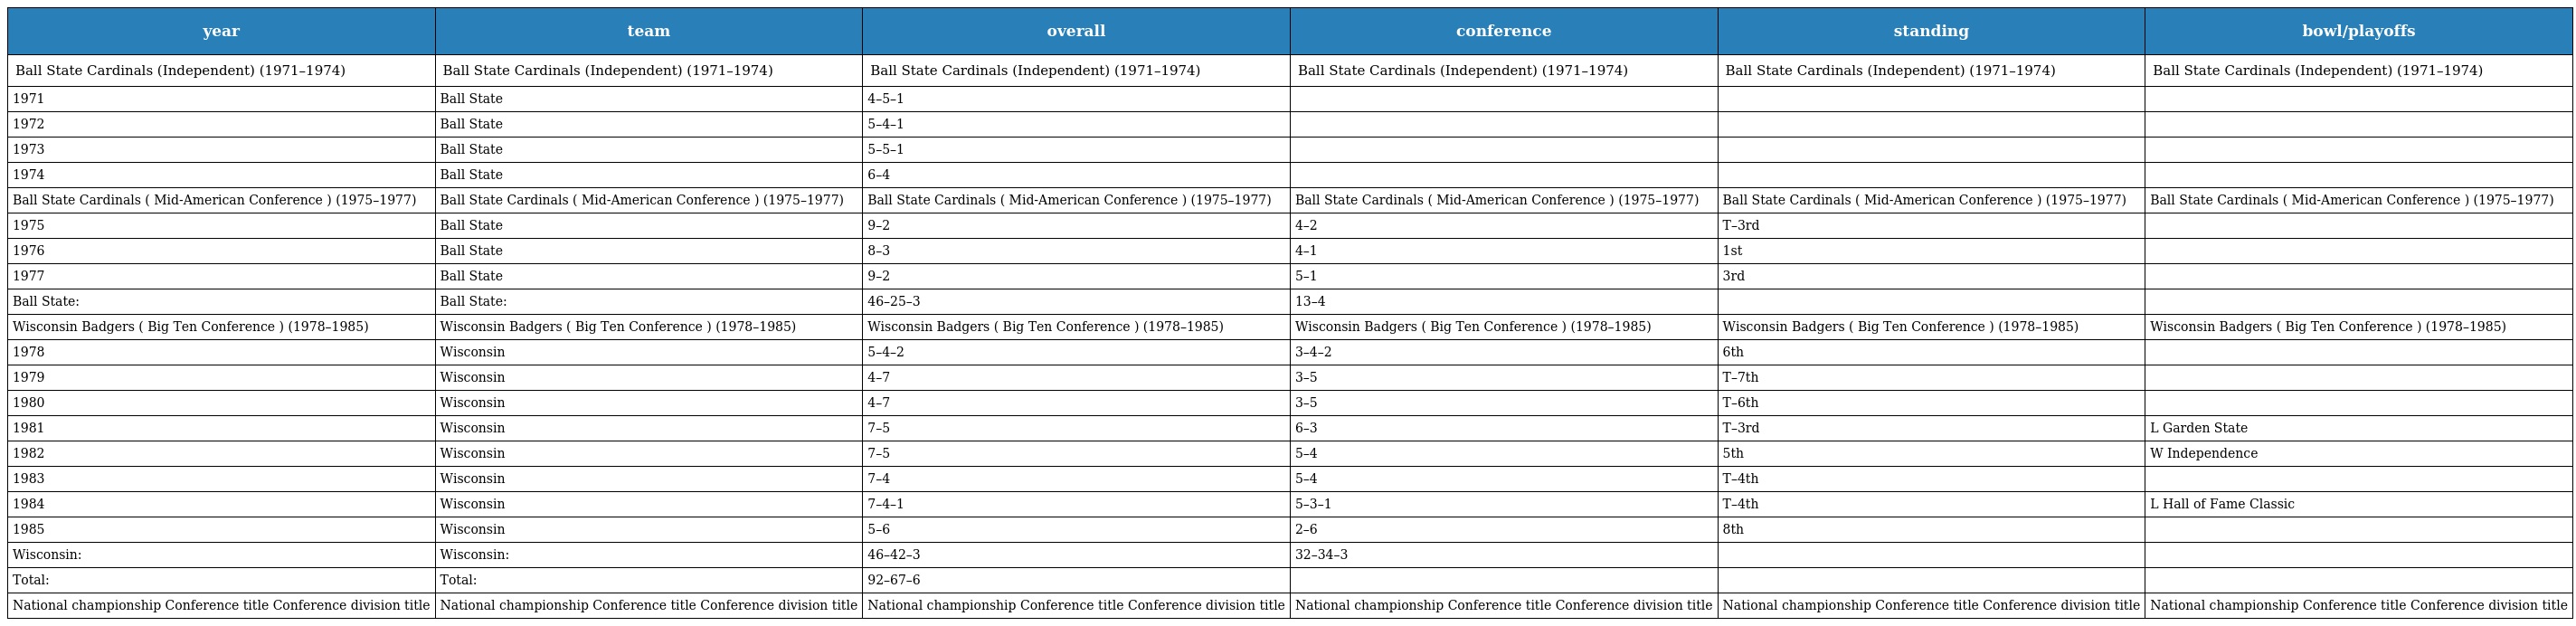
| year | team | overall | conference | standing | bowl/playoffs |
 | --- | --- | --- | --- | --- | --- |
 | Ball State Cardinals (Independent) (1971–1974) | Ball State Cardinals (Independent) (1971–1974) | Ball State Cardinals (Independent) (1971–1974) | Ball State Cardinals (Independent) (1971–1974) | Ball State Cardinals (Independent) (1971–1974) | Ball State Cardinals (Independent) (1971–1974) |
 | 1971 | Ball State | 4–5–1 |  |  |  |
 | 1972 | Ball State | 5–4–1 |  |  |  |
 | 1973 | Ball State | 5–5–1 |  |  |  |
 | 1974 | Ball State | 6–4 |  |  |  |
 | Ball State Cardinals ( Mid-American Conference ) (1975–1977) | Ball State Cardinals ( Mid-American Conference ) (1975–1977) | Ball State Cardinals ( Mid-American Conference ) (1975–1977) | Ball State Cardinals ( Mid-American Conference ) (1975–1977) | Ball State Cardinals ( Mid-American Conference ) (1975–1977) | Ball State Cardinals ( Mid-American Conference ) (1975–1977) |
 | 1975 | Ball State | 9–2 | 4–2 | T–3rd |  |
 | 1976 | Ball State | 8–3 | 4–1 | 1st |  |
 | 1977 | Ball State | 9–2 | 5–1 | 3rd |  |
 | Ball State: | Ball State: | 46–25–3 | 13–4 |  |  |
 | Wisconsin Badgers ( Big Ten Conference ) (1978–1985) | Wisconsin Badgers ( Big Ten Conference ) (1978–1985) | Wisconsin Badgers ( Big Ten Conference ) (1978–1985) | Wisconsin Badgers ( Big Ten Conference ) (1978–1985) | Wisconsin Badgers ( Big Ten Conference ) (1978–1985) | Wisconsin Badgers ( Big Ten Conference ) (1978–1985) |
 | 1978 | Wisconsin | 5–4–2 | 3–4–2 | 6th |  |
 | 1979 | Wisconsin | 4–7 | 3–5 | T–7th |  |
 | 1980 | Wisconsin | 4–7 | 3–5 | T–6th |  |
 | 1981 | Wisconsin | 7–5 | 6–3 | T–3rd | L Garden State |
 | 1982 | Wisconsin | 7–5 | 5–4 | 5th | W Independence |
 | 1983 | Wisconsin | 7–4 | 5–4 | T–4th |  |
 | 1984 | Wisconsin | 7–4–1 | 5–3–1 | T–4th | L Hall of Fame Classic |
 | 1985 | Wisconsin | 5–6 | 2–6 | 8th |  |
 | Wisconsin: | Wisconsin: | 46–42–3 | 32–34–3 |  |  |
 | Total: | Total: | 92–67–6 |  |  |  |
 | National championship Conference title Conference division title | National championship Conference title Conference division title | National championship Conference title Conference division title | National championship Conference title Conference division title | National championship Conference title Conference division title | National championship Conference title Conference division title |